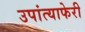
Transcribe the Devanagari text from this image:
उपांत्याफेरी